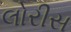
લોરીસ